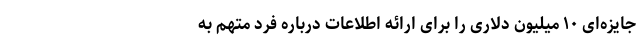
جایزه‌ای ۱۰ میلیون دلاری را برای ارائه اطلاعات درباره فرد متهم به